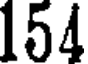
154